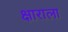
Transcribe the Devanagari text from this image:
क्षाराला